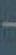
-